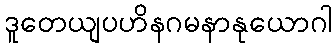
ဒူတေယျပဟိနဂမနာနုယောဂါ